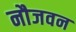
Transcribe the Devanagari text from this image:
नौजवन